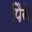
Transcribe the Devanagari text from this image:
पैिसे